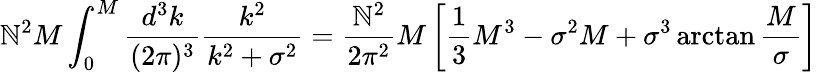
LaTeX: \mathbb{N}^{2}M\int_{0}^{M}{\frac{{d^{3}k}}{{(2\pi)^{3}}}}{\frac{{k^{2}}}{{k^{2}+\sigma^{2}}}}={\frac{{\mathbb{N}^{2}}}{{2\pi^{2}}}}M\left[{\frac{{1}}{{3}}}M^{3}-\sigma^{2}M+\sigma^{3}\arctan{\frac{{M}}{{\sigma}}}\right]